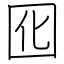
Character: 囮